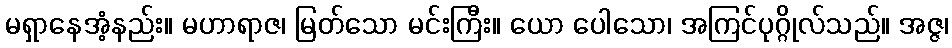
မရှာနေအံ့နည်း။ မဟာရာဇ၊ မြတ်သော မင်းကြီး။ ယော ပေါသော၊ အကြင်ပုဂ္ဂိုလ်သည်။ အဇ္ဇ၊